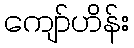
ကျော်ဟိန်း